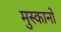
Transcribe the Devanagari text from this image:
मुस्कानों